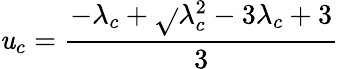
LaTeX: \mathit{u}_{c}=\frac{{-\lambda_{c}+\sqrt{}{{\lambda_{c}^{2}-3\lambda_{c}+3}}}}{{3}}